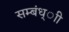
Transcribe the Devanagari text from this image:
सम्बंध्ाी